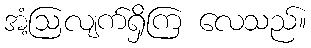
အံ့ဩလျက်ရှိကြ လေသည်။